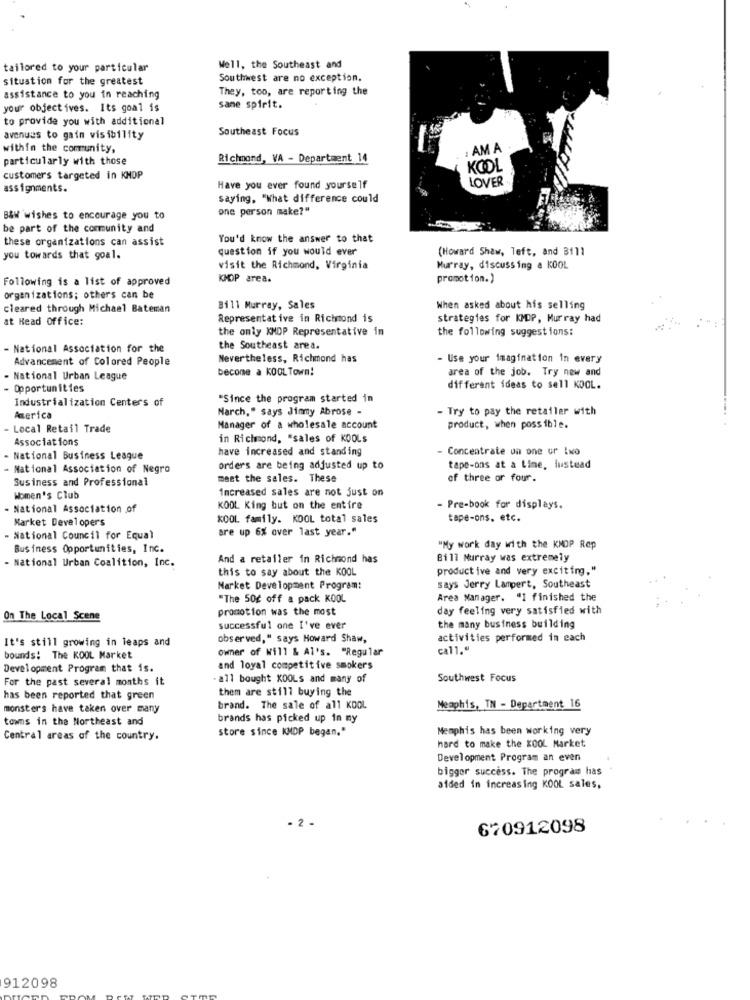
tailored to your particular
Well, the Southeast and
situation for the greatest
Southwest are no exception.
They, too, are reporting the
assistance to you in reaching
your objectives. Its goal is
same spirit.
to provide you with additional
Southeast Focus
avenues to gain visibility
within the community,
: AM A
particularly with those
Richmond, VA - Department 14
KOOL
customer's targeted in KNOP
LOVER
assignments.
Have you ever found yourself
saying. "What difference could
one person make?"
B&W wishes to encourage you to
be part of the community and
these organizations can assist
You'd know the answer to that
question if you would ever
(Howard Shaw, left, and B1]]
you towards that goal.
visit the Richmond, Virginia
Murray, discussing a KOOL
Following is a list of approved
KMOP area.
promotion.)
organizations; others can be
cleared through Michael Bateman
Bill Murray, Sales
When asked about his selling
at Head Office:
Representative in Richmond is
strategies for KMDP, Murray had
the only KMDP Representative in
the following suggestions:
- National Association for the
the Southeast area.
Advancement of Colored People
Nevertheless, Richmond has
- Use your imagination in every
become a KOOLTown!
area of the job. Try new and
- National Urban League
- Opportunities
different ideas to sell KOOL.
Industrialization Centers of
"Since the program started in
Narch," says Jimmy Abrose -
- Try to pay the retailer with
America
- Local Retail Trade
Manager of a wholesale account
product, when possible.
Associations
in Richmond, "sales of KOOLs
have increased and standing
Concentrate on one or Iwo
- National Business League
National Association of Negro
orders are being adjusted up to
tape-ons at a time, instead
Susiness and Professional
meet the sales. These
of three or four.
Increased sales are not just on
Women's Club
- National Association of
KOOL King but on the entire
Pre-book for displays.
Market Developers
KOOL family. KOOL total sales
tape-ons, etc.
are up 6% over last year."
- National Council for Equal
Business Opportunities, Inc.
"My work day with the KNOP Rep
- National Urban Coalition, Inc.
And a retailer in Richmond has
Bill Murray was extremely
this to say about the KOOL
productive and very exciting."
Market Development Program:
says Jerry Lampert, Southeast
"The 50g off a pack KOOL
Area Manager. "1 finished the
promotion was the most
day feeling very satisfied with
On The Local Scene
successful one I've ever
the many business building
It's still growing in leaps and
observed," says Howard Shaw,
activities performed in each
owner of Will & Al's. "Regular
call."
bounds: The KOOL Market
Development Program that is.
and loyal competitive smokers
For the past several months it
- all bought XDOLs and many of
Southwest Focus
them are still buying the
has been reported that green
monsters have taken over many
brand. The sale of all KDOL
Memphis, TN - Department 16
towns in the Northeast and
brands has picked up in my
store since KMDP began."
Memphis has been working very
Central areas of the country.
hard to make the KOOL Market
Development Program an even
bigger success. The program has
aided in increasing KOOL sales,
. 2
670912098
912098